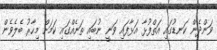
ވަންދެން ކަނޑުގައި އަތްފުޅާ އަޅާފައި ވަނީ ނުބައި ތަނެއްގައި ކަމަށް މިހާރު ބެލެވެން